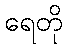
ရေတို